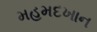
મહમદખાન